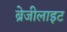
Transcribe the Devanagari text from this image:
ब्रेजीलाइट